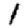
Digit: 1